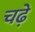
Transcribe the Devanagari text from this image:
चढे़